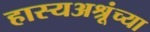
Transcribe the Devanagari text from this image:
हास्यअश्रूंच्या